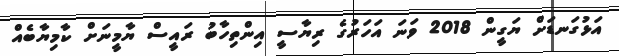
އަޅުގަނޑަށް ޔަގީން 2018 ވަނަ އަހަރުގެ ރިޔާސީ އިންތިހާބު ރައީސް ޔާމީނަށް ކާމިޔާބެއް